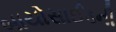
બાયોસાઈડની